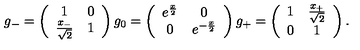
g _ { - } = \left( \begin{array} { c c } { 1 } & { 0 } \\ { \frac { x _ { - } } { \sqrt { 2 } } } & { 1 } \\ \end{array} \right) g _ { 0 } = \left( \begin{array} { c c } { e ^ { \frac { x } { 2 } } } & { 0 } \\ { 0 } & { e ^ { - \frac { x } { 2 } } } \\ \end{array} \right) g _ { + } = \left( \begin{array} { c c } { 1 } & { \frac { x _ { + } } { \sqrt { 2 } } } \\ { 0 } & { 1 } \\ \end{array} \right) .